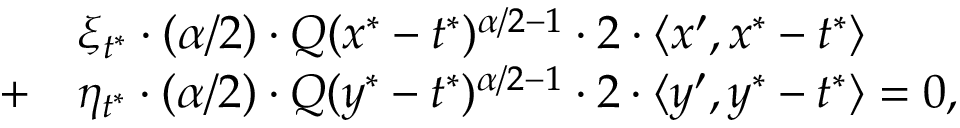
\begin{array} { r l } & { \xi _ { t ^ { * } } \cdot ( \alpha / 2 ) \cdot Q ( x ^ { * } - t ^ { * } ) ^ { \alpha / 2 - 1 } \cdot 2 \cdot \langle x ^ { \prime } , x ^ { * } - t ^ { * } \rangle } \\ { + } & { \eta _ { t ^ { * } } \cdot ( \alpha / 2 ) \cdot Q ( y ^ { * } - t ^ { * } ) ^ { \alpha / 2 - 1 } \cdot 2 \cdot \langle y ^ { \prime } , y ^ { * } - t ^ { * } \rangle = 0 , } \end{array}